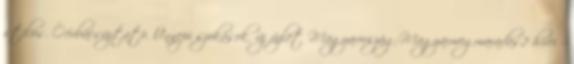
stílus. Óévbúcsúztató. Ünnepi szokások. új üzlet Magyarország-Magyarmegmaradás2 hírei -